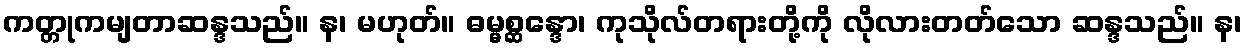
ကတ္တုကမျတာဆန္ဒသည်။ န၊ မဟုတ်။ ဓမ္မစ္ဆန္ဒော၊ ကုသိုလ်တရားတို့ကို လိုလားတတ်သော ဆန္ဒသည်။ န၊